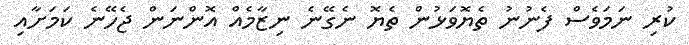
ކުރި ނަމަވެސް ފެނުނު ތެޔޮވަޅުން ތެޔޮ ނެގޭނެ ނިޒާމެއް އޮންނަން ޖެހޭނެ ކަމަށާއި